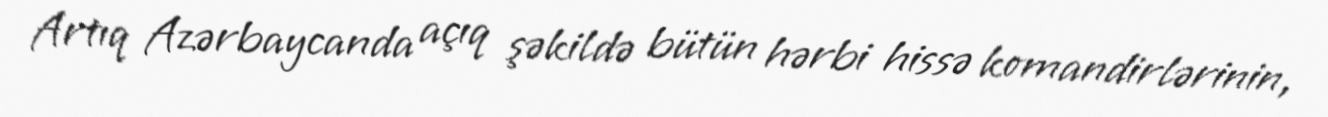
Artıq Azərbaycanda açıq şəkildə bütün hərbi hissə komandirlərinin,